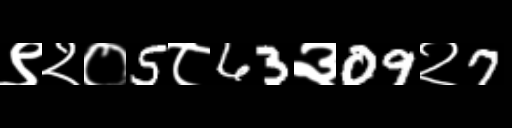
Text: ९२०5८63३09२7